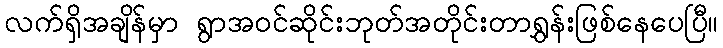
လက်ရှိအချိန်မှာ ရွာအဝင်ဆိုင်းဘုတ်အတိုင်းတာရွှန်းဖြစ်နေပေပြီ။